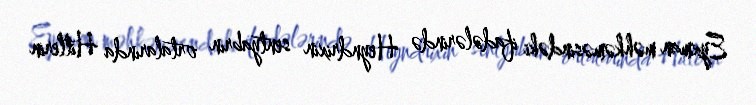
Eyxman məhkəməsindəki ifadələrində Heyndrixin sentyabrın ortalarında Hitlerin